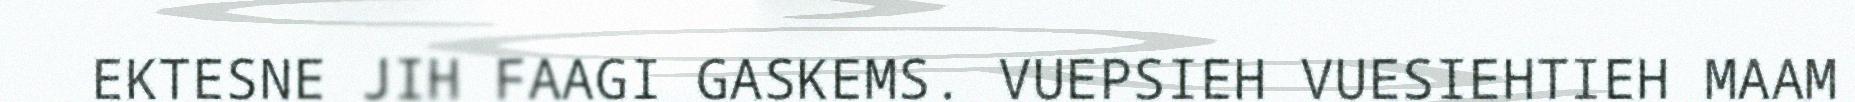
EKTESNE JIH FAAGI GASKEMS. VUEPSIEH VUESIEHTIEH MAAM